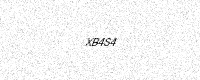
Text: XB4S4